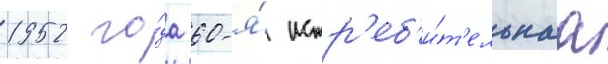
1952 го́да 60-я́ истр'еб'и́т'ельнаа